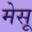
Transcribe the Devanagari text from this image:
मेसू